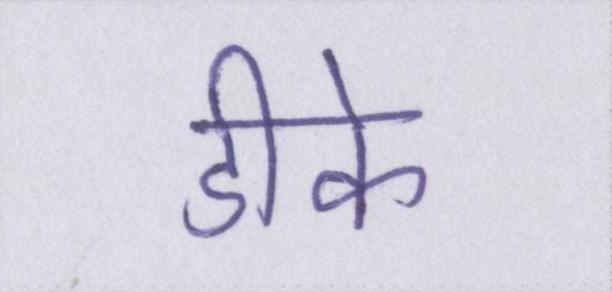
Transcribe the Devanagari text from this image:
डीके